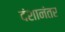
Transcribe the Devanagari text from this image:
दंशानंतर